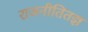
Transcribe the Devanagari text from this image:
राजनीतितज्ञ